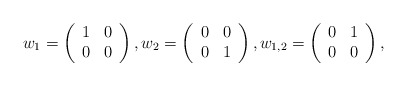
\begin{align*}w_{1}=\left( \begin{array}{cc}1&0\\0&0\end{array} \right), w_{2}=\left( \begin{array}{cc}0&0\\0&1 \end{array} \right), w_{1,2}=\left( \begin{array}{cc}0&1\\0&0 \end{array} \right),\end{align*}